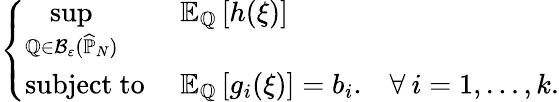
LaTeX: \left\{ \begin{array}{lll}{{\displaystyle\operatorname*{sup}_{\mathbb{Q}\in\mathcal{B}_{\varepsilon}(\widehat{\mathbb{P}}_{N})}}}&{\mathbb{E}_{\mathbb{Q}}\left[h(\xi)\right]}\\ {\mathrm{subject~to~}}&{\mathbb{E}_{\mathbb{Q}}\left[g_{i}(\xi)\right]=b_{i}.}&{\forall\: i=1,\ldots,k.}\end{array}\right.